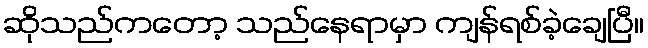
ဆိုသည်ကတော့ သည်နေရာမှာ ကျန်ရစ်ခဲ့ချေပြီ။